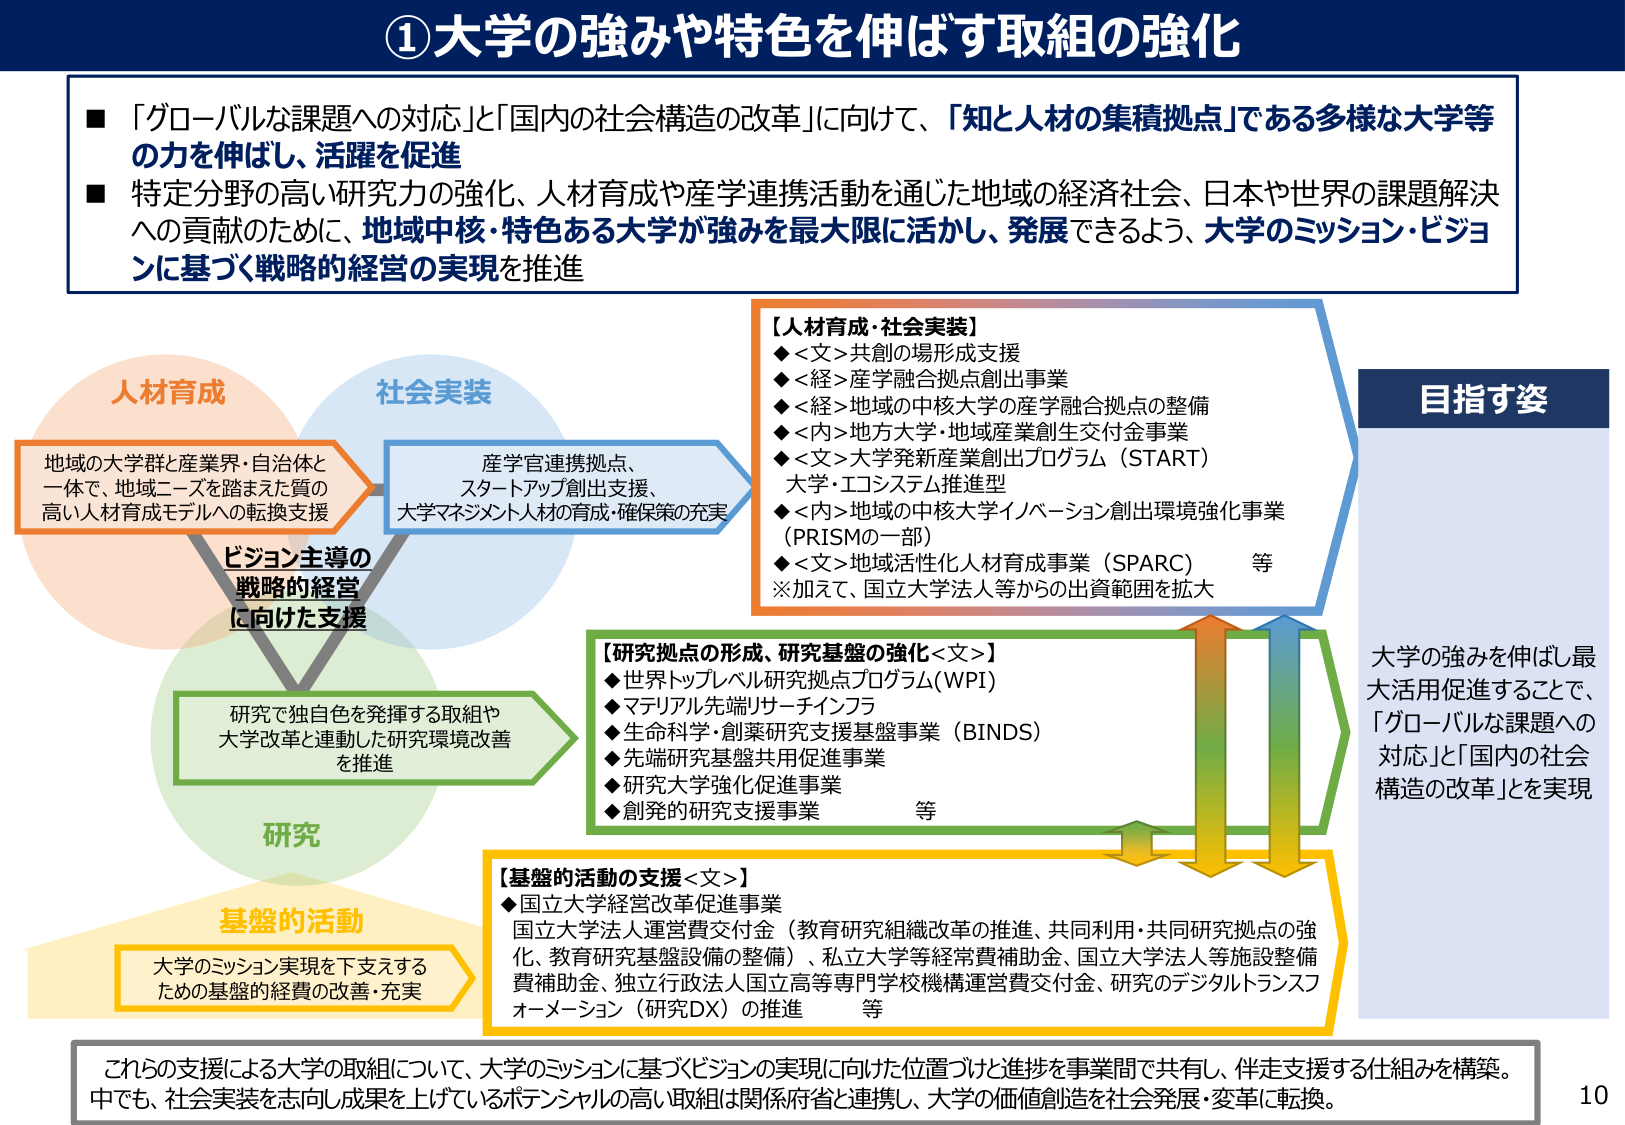
①大学の強みや特色を伸ばす取組の強化

■「グローバルな課題への対応」と「国内の社会構造の改革」に向けて、「知と人材の集積拠点」である多様な大学等の力を伸ばし、活躍を促進
■特定分野の高い研究力の強化、人材育成や産学連携活動を通じた地域の経済社会、日本や世界の課題解決への貢献のために、地域中核・特色ある大学が強みを最大限に活かし、発展できるよう、大学のミッション・ビジョンに基づく戦略的経営の実現を推進

人材育成
地域の大学群と産業界・自治体と一体で、地域ニーズを踏まえた質の高い人材育成モデルへの転換支援

社会実装
産学官連携拠点、スタートアップ創出支援、大学マネジメント人材の育成・確保策の充実

研究
研究で独自性を発揮する取組や大学改革と連動した研究環境改善を推進

基盤的活動
大学のミッション実現を下支えするための基盤的経費の改善・充実

【人材育成・社会実装】
◆<文>共創の場形成支援
◆<経>産学融合拠点創出事業
◆<経>地域の中核大学の産学融合拠点の整備
◆<内>地方大学・地域産業創生交付金事業
◆<文>大学発新産業創出プログラム（START）
大学・エコシステム推進型
◆<内>地域の中核大学イノベーション創出環境強化事業（PRISMの一部）
◆<文>地域活性化人材育成事業（SPARC）　等
※加えて、国立大学法人等からの出資範囲を拡大

【研究拠点の形成、研究基盤の強化<文>】
◆世界トップレベル研究拠点プログラム(WPI)
◆マテリアル先端リサーチインフラ
◆生命科学・創薬研究支援基盤事業（BINDS）
◆先端研究基盤共用促進事業
◆研究大学強化促進事業
◆創発的研究支援事業　等

【基盤的活動の支援<文>】
◆国立大学経営改革促進事業
国立大学法人運営費交付金（教育研究組織改革の推進、共同利用・共同研究拠点の強化、教育研究基盤設備の整備）、私立大学等経常費補助金、国立大学法人等施設整備費補助金、独立行政法人国立高等専門学校機構運営費交付金、研究のデジタルトランスフォーメーション（研究DX）の推進　等

目指す姿
大学の強みを伸ばし最大活用促進することで、「グローバルな課題への対応」と「国内の社会構造の改革」を実現

これらの支援による大学の取組について、大学のミッションに基づくビジョンの実現に向けた位置づけと進捗を事業間で共有し、伴走支援する仕組みを構築。中でも、社会実装を志向し成果を上げているポテンシャルの高い取組は関係府省と連携し、大学の価値創造を社会発展・変革に転換。

10